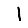
Digit: 1